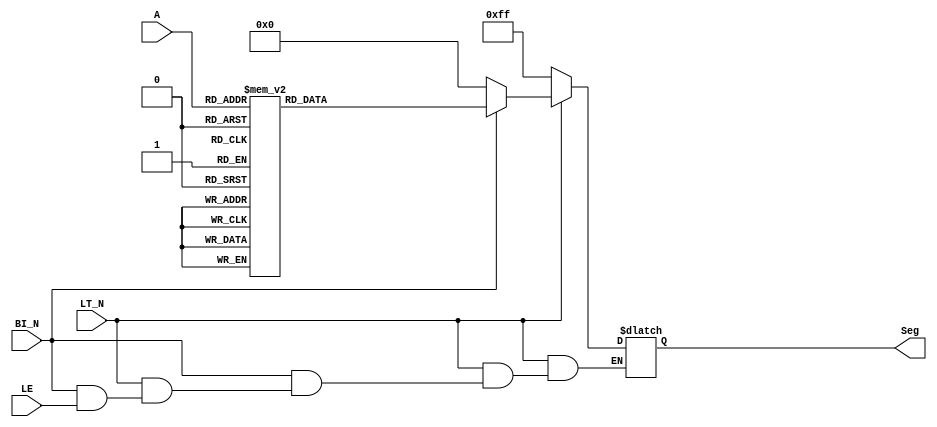
// 5932_74HC4511.v
module HC4511(A,Seg,LT_N,BI_N,LE);
input LT_N,BI_N,LE;
input[3:0]A;
output[7:0]Seg;
reg[7:0]SM_8S;
assign Seg=SM_8S;

always@(A or LT_N or  BI_N or LE )
 begin
  if(!LT_N)SM_8S=8'b11111111;
  else if(!BI_N)SM_8S=8'b00000000;
  else if(LE)SM_8S=SM_8S;
  else
   case(A)
    4'd0:SM_8S=8'b00111111;
    4'd1:SM_8S=8'b00000110;
    4'd2:SM_8S=8'b01011011;
    4'd3:SM_8S=8'b01001111;
    4'd4:SM_8S=8'b01100110;
    4'd5:SM_8S=8'b01101101;
    4'd6:SM_8S=8'b01111101;
    4'd7:SM_8S=8'b00000111;
    4'd8:SM_8S=8'b01111111;
    4'd9:SM_8S=8'b01101111;
    4'd10:SM_8S=8'b01110111;
    4'd11:SM_8S=8'b01111100;
    4'd12:SM_8S=8'b00111001;
    4'd13:SM_8S=8'b01011110;
    4'd14:SM_8S=8'b01111001;
    4'd15:SM_8S=8'b01110001;
    default:;
  endcase
 end
endmodule